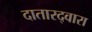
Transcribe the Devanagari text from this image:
दातारद्वारा